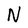
Character: N